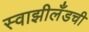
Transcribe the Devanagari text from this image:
स्वाझीलँडची